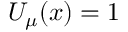
U _ { \mu } ( x ) = 1